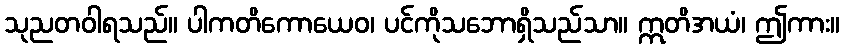
သုညတဝါရသည်။ ပါကတိကောယေဝ၊ ပင်ကိုသဘောရှိသည်သာ။ ဣတိအယံ၊ ဤကား။